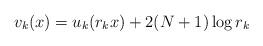
LaTeX: \begin{align*}v_k (x) = u_k (r_k x) + 2(N+1) \log r_k\end{align*}